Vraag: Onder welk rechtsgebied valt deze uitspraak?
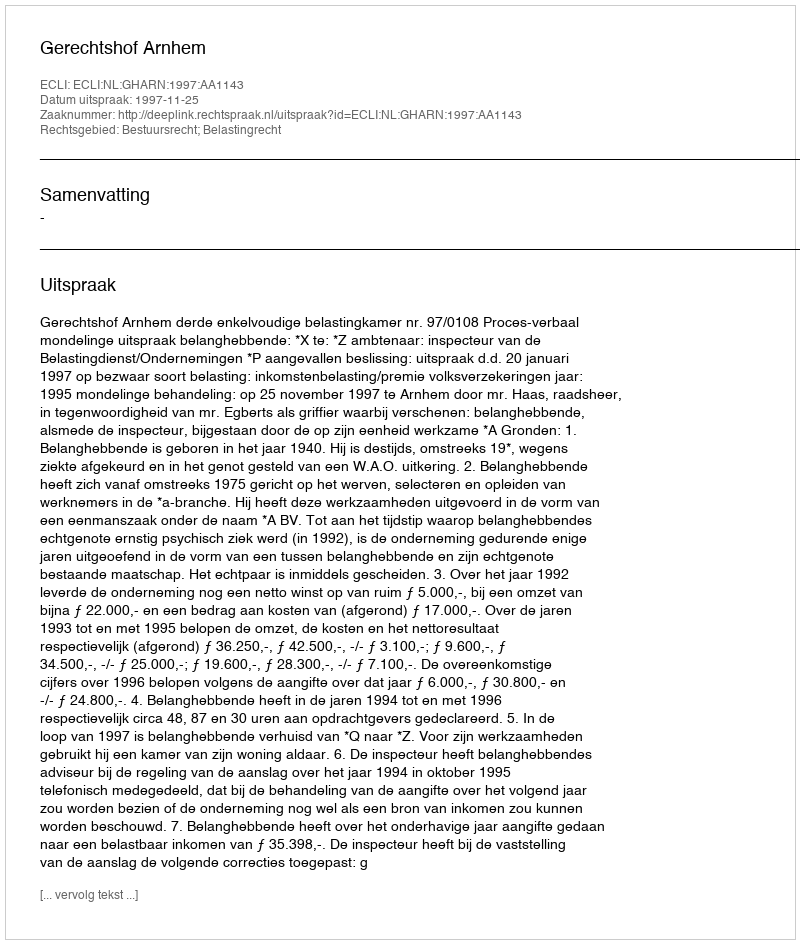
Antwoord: Bestuursrecht; Belastingrecht